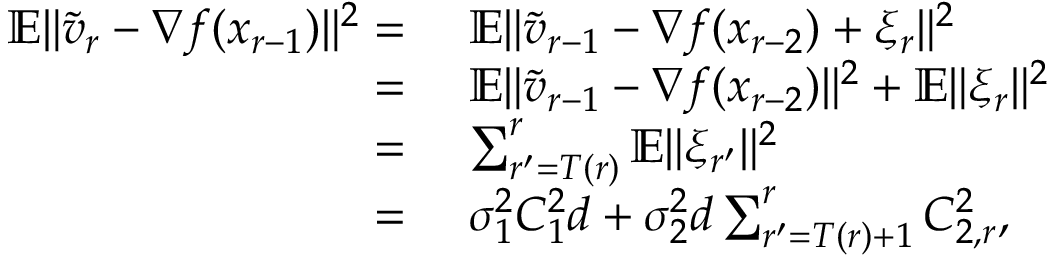
\begin{array} { r l } { \mathbb { E } \| \widetilde v _ { r } - \nabla f ( x _ { r - 1 } ) \| ^ { 2 } = } & { \ \mathbb { E } \| \widetilde v _ { r - 1 } - \nabla f ( x _ { r - 2 } ) + \xi _ { r } \| ^ { 2 } } \\ { = } & { \ \mathbb { E } \| \widetilde v _ { r - 1 } - \nabla f ( x _ { r - 2 } ) \| ^ { 2 } + \mathbb { E } \| \xi _ { r } \| ^ { 2 } } \\ { = } & { \ \sum _ { r ^ { \prime } = T ( r ) } ^ { r } \mathbb { E } \| \xi _ { r ^ { \prime } } \| ^ { 2 } } \\ { = } & { \ \sigma _ { 1 } ^ { 2 } C _ { 1 } ^ { 2 } d + \sigma _ { 2 } ^ { 2 } d \sum _ { r ^ { \prime } = T ( r ) + 1 } ^ { r } C _ { 2 , r } ^ { 2 } , } \end{array}